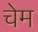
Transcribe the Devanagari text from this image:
चेम